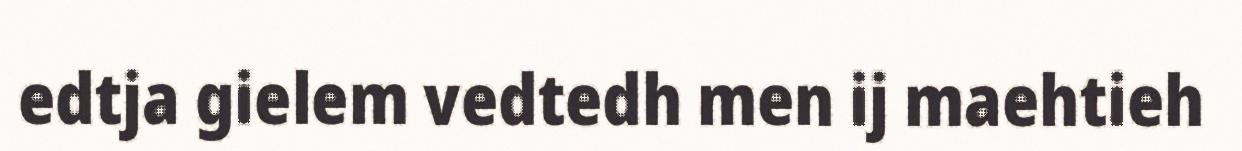
edtja gielem vedtedh men ij maehtieh